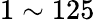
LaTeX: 1\sim 125